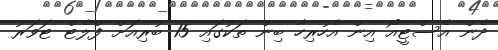
ދެން އެސްޓީއޯ އިން އެހުރިހާ ބިން ތަކުގައި 15 ބުރިއަށް ފްލެޓް ޓަވަރު